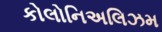
કોલોનિઅલિઝમ